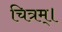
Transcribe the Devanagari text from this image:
चित्रम्।